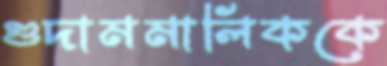
গুদামমালিককে